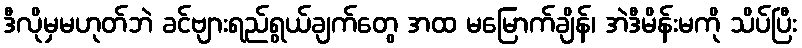
ဒီလိုမှမဟုတ်ဘဲ ခင်ဗျားရည်ရွယ်ချက်တွေ အထ မမြောက်ချိန်၊ အဲဒီမိန်းမကို သိပ်ပြီး